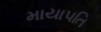
માયાપતિ